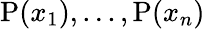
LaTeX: \mathrm{P}(x_{1}),...,\mathrm{P}(x_{n})